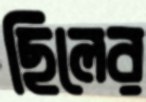
ছিলের